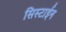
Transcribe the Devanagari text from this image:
सिस्टाईन